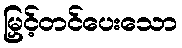
မြှင့်တင်ပေးသော